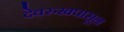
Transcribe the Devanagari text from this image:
देवरुखपासून